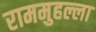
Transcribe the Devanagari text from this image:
राममुहल्ला